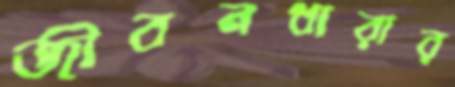
জীবনধারার